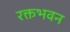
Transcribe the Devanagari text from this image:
रक्तभवन